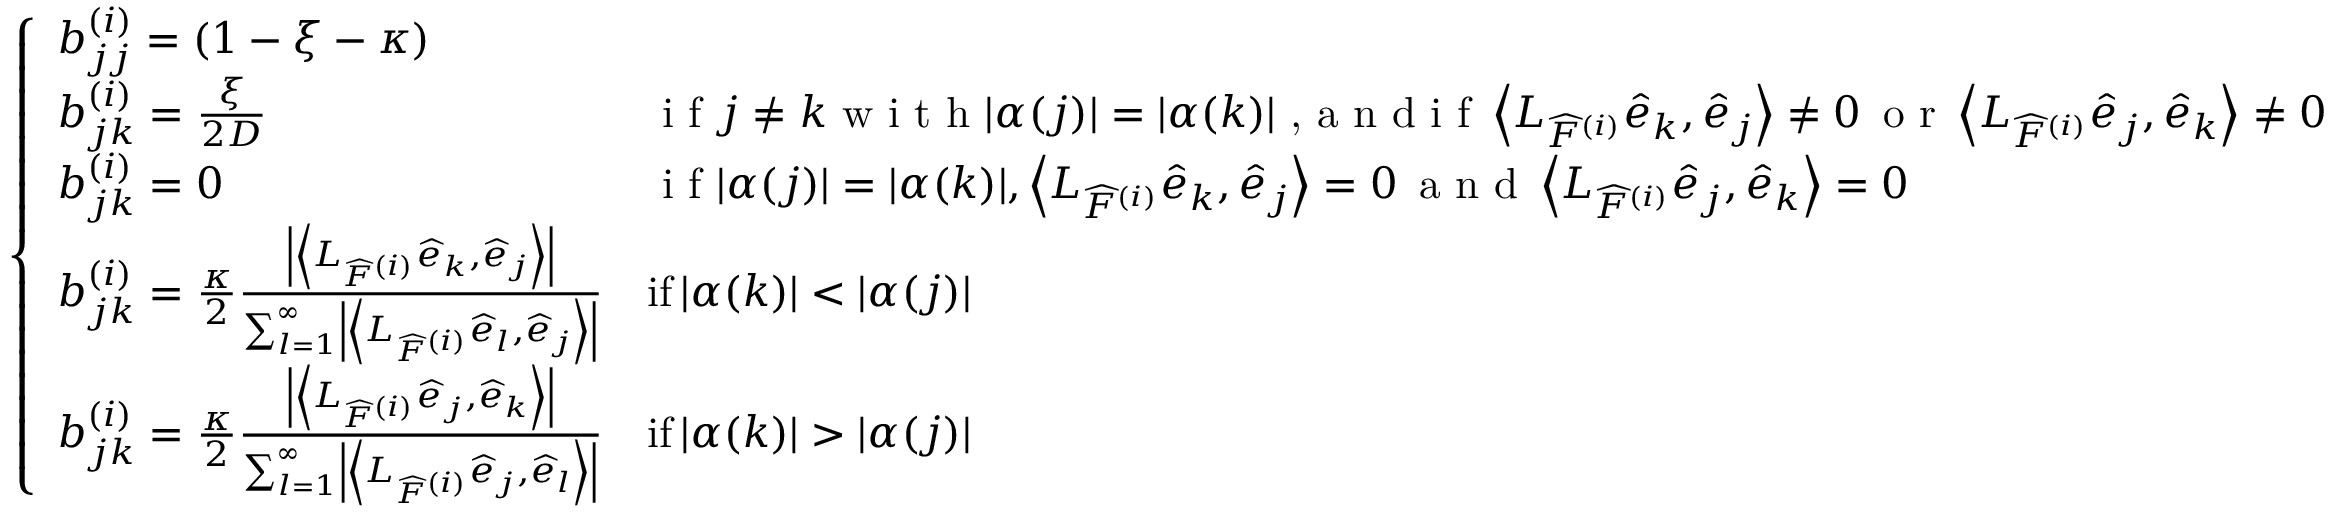
\left\{ \begin{array} { l l } { b _ { j j } ^ { ( i ) } = ( 1 - \xi - \kappa ) } \\ { b _ { j k } ^ { ( i ) } = \frac { \xi } { 2 D } } & { \textrm { i f } j \neq k \textrm { w i t h } | \alpha ( j ) | = | \alpha ( k ) | \textrm { , a n d i f } \left\langle L _ { \widehat { F } ^ { ( i ) } } \widehat { e } _ { k } , \widehat { e } _ { j } \right\rangle \neq 0 \, \textrm { o r } \left\langle L _ { \widehat { F } ^ { ( i ) } } \widehat { e } _ { j } , \widehat { e } _ { k } \right\rangle \neq 0 } \\ { b _ { j k } ^ { ( i ) } = 0 } & { \textrm { i f } | \alpha ( j ) | = | \alpha ( k ) | , \left\langle L _ { \widehat { F } ^ { ( i ) } } \widehat { e } _ { k } , \widehat { e } _ { j } \right\rangle = 0 \, \textrm { a n d } \left\langle L _ { \widehat { F } ^ { ( i ) } } \widehat { e } _ { j } , \widehat { e } _ { k } \right\rangle = 0 } \\ { b _ { j k } ^ { ( i ) } = \frac { \kappa } { 2 } \frac { \left| \left\langle L _ { \widehat { F } ^ { ( i ) } } \widehat { e } _ { k } , \widehat { e } _ { j } \right\rangle \right| } { \sum _ { l = 1 } ^ { \infty } \left| \left\langle L _ { \widehat { F } ^ { ( i ) } } \widehat { e } _ { l } , \widehat { e } _ { j } \right\rangle \right| } } & { \mathrm { i f } \, | \alpha ( k ) | < | \alpha ( j ) | } \\ { b _ { j k } ^ { ( i ) } = \frac { \kappa } { 2 } \frac { \left| \left\langle L _ { \widehat { F } ^ { ( i ) } } \widehat { e } _ { j } , \widehat { e } _ { k } \right\rangle \right| } { \sum _ { l = 1 } ^ { \infty } \left| \left\langle L _ { \widehat { F } ^ { ( i ) } } \widehat { e } _ { j } , \widehat { e } _ { l } \right\rangle \right| } } & { \mathrm { i f } \, | \alpha ( k ) | > | \alpha ( j ) | } \end{array} \right.